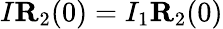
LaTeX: I{\mathbf R}_{2}(0)=I_{1}{\mathbf R}_{2}(0)